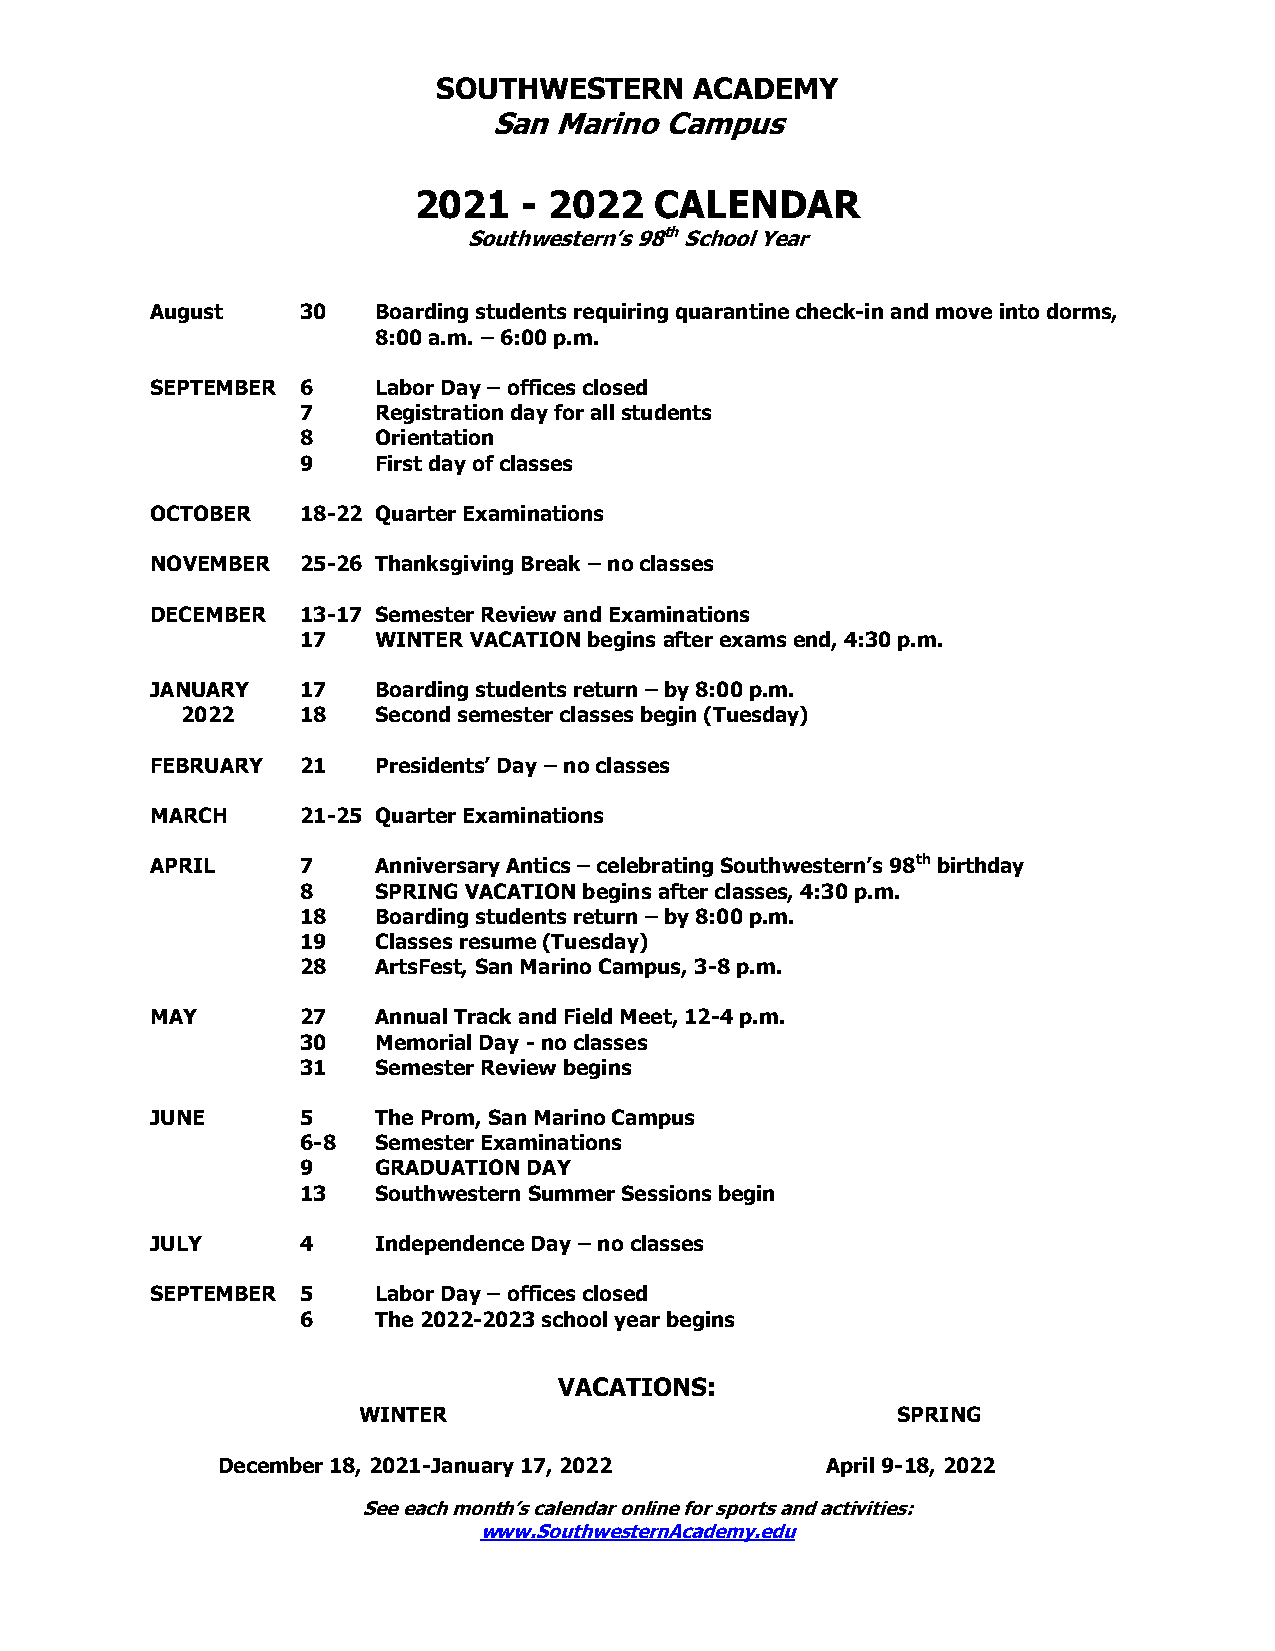
SOUTHWESTERN     ACADEMY
 San  Marino Campus
 2021   - 2022   CALENDAR
 Southwestern’s 98th School Year
 August    30   Boarding students requiring quarantine check-in and move into dorms,
 8:00 a.m. – 6:00 p.m.
 SEPTEMBER 6    Labor Day – offices closed
 7    Registration day for all students
 8    Orientation
 9    First day of classes
 OCTOBER   18-22 Quarter Examinations
 NOVEMBER  25-26 Thanksgiving Break – no classes
 DECEMBER  13-17 Semester Review and Examinations
 17   WINTER VACATION begins after exams end, 4:30 p.m.
 JANUARY   17   Boarding students return – by 8:00 p.m.
 2022    18   Second semester classes begin (Tuesday)
 FEBRUARY  21   Presidents’ Day – no classes
 MARCH     21-25 Quarter Examinations
 APRIL     7    Anniversary Antics – celebrating Southwestern’s 98th birthday
 8    SPRING VACATION begins after classes, 4:30 p.m.
 18   Boarding students return – by 8:00 p.m.
 19   Classes resume (Tuesday)
 28   ArtsFest, San Marino Campus, 3-8 p.m.
 MAY       27   Annual Track and Field Meet, 12-4 p.m.
 30   Memorial Day - no classes
 31   Semester Review begins
 JUNE      5    The Prom, San Marino Campus
 6-8  Semester Examinations
 9    GRADUATION DAY
 13   Southwestern Summer Sessions begin
 JULY      4    Independence Day – no classes
 SEPTEMBER 5    Labor Day – offices closed
 6    The 2022-2023 school year begins
 VACATIONS:
 WINTER                             SPRING
 December 18, 2021-January 17, 2022       April 9-18, 2022
 See each month’s calendar online for sports and activities:
 www.SouthwesternAcademy.edu